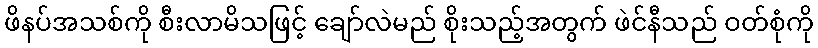
ဖိနပ်အသစ်ကို စီးလာမိသဖြင့် ချော်လဲမည် စိုးသည့်အတွက် ဖဲင်နီသည် ဝတ်စုံကို